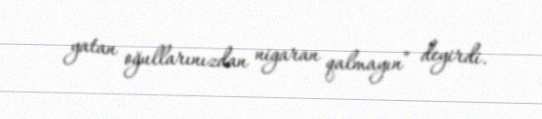
yatan oğullarınızdan nigaran qalmayın” deyirdi.